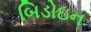
બિડોઇન